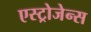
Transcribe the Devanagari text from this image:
एस्ट्रोजेन्स